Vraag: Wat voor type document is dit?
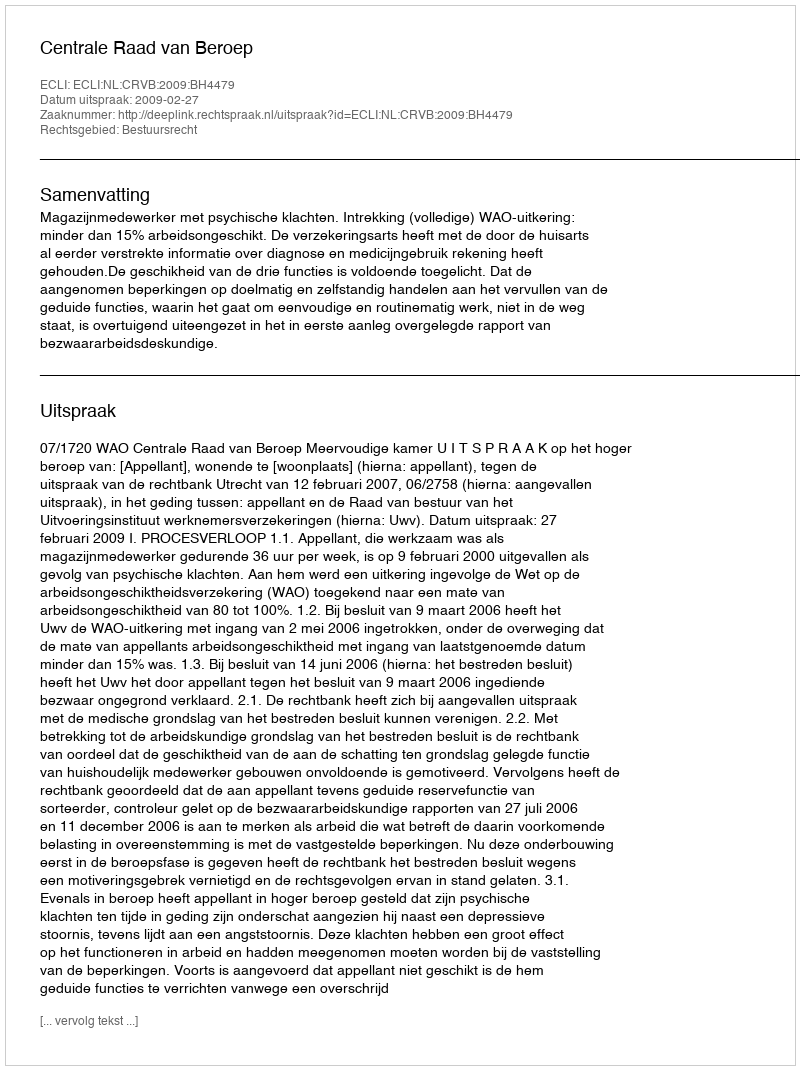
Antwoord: Uitspraak